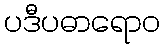
ပဒီပဓာရောဝ